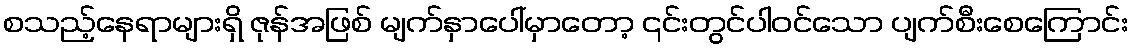
စသည့်နေရာများရှိ ဇုန်အဖြစ် မျက်နှာပေါ်မှာတော့ ၎င်းတွင်ပါဝင်သော ပျက်စီးစေကြောင်း